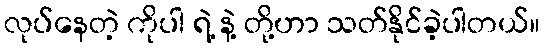
လုပ်နေတဲ့ ကိုပါ ရဲ့ နဲ့ တို့ဟာ သတ်နိုင်ခဲ့ပါတယ်။